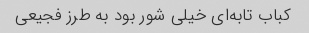
کباب تابه‌ای خیلی شور بود به طرز فجیعی